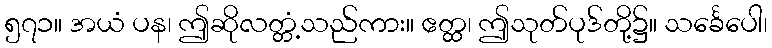
၅၇၁။ အယံ ပန၊ ဤဆိုလတ္တံ့သည်ကား။ ဧတ္ထ၊ ဤသုတ်ပုဒ်တို့၌။ သင်္ခေပေါ၊